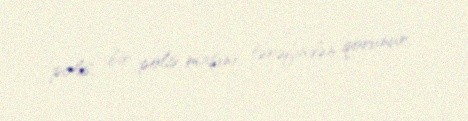
polis, bir polis maşını tərəfindən qorunur.